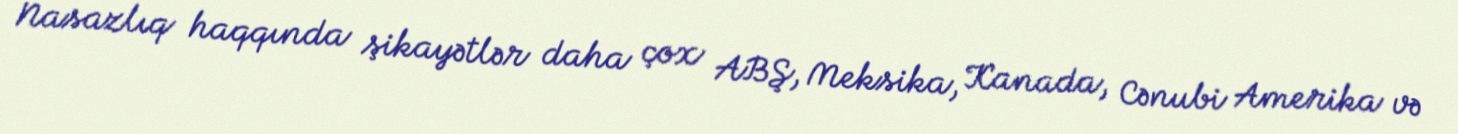
Nasazlıq haqqında şikayətlər daha çox ABŞ, Meksika, Kanada, Cənubi Amerika və